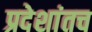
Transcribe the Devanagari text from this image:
प्रदेशांतच